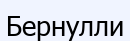
Бернулли